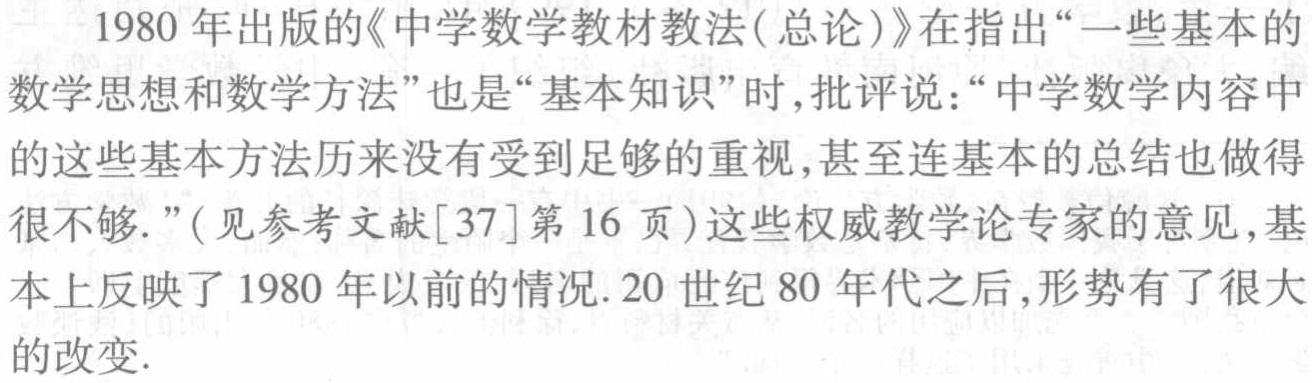
1980 年出版的《中学数学教材教法(总论)》在指出“一些基本的数学思想和数学方法”也是“基本知识”时,批评说：“中学数学内容中的这些基本方法历来没有受到足够的重视,甚至连基本的总结也做得很不够.”(见参考文献[37]第 16 页)这些权威教学论专家的意见,基本上反映了 1980 年以前的情况.20 世纪 80 年代之后,形势有了很大的改变.